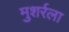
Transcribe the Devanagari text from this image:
मुशर्रला